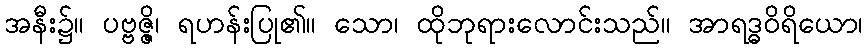
အနီး၌။ ပဗ္ဗဇ္ဇိ၊ ရဟန်းပြု၏။ သော၊ ထိုဘုရားလောင်းသည်။ အာရဒ္ဓဝိရိယော၊